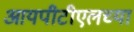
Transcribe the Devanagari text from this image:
आयपीटीएलच्या